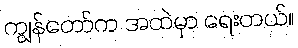
ကျွန်တော်က အထဲမှာ ရေးတယ်။